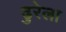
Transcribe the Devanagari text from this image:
ढुरेला